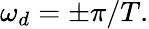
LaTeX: \omega_{d}=\pm\pi/T.